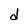
Character: d